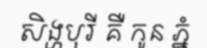
សិង្ហបុរី គឺ កូន ភ្នំ